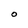
Character: O